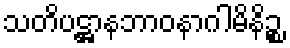
သတိပဋ္ဌာနဘာဝနာဂါမိနိဉ္စ